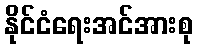
နိုင်ငံရေးအင်အားစု